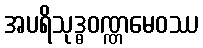
အပရိသုဒ္ဓဝဏ္ဏမေဝဿ